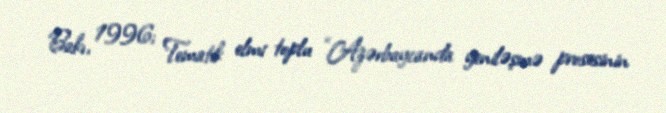
Bakı, 1996; Tematik elmi toplu “Azərbaycanda yeniləşmə prosesinin